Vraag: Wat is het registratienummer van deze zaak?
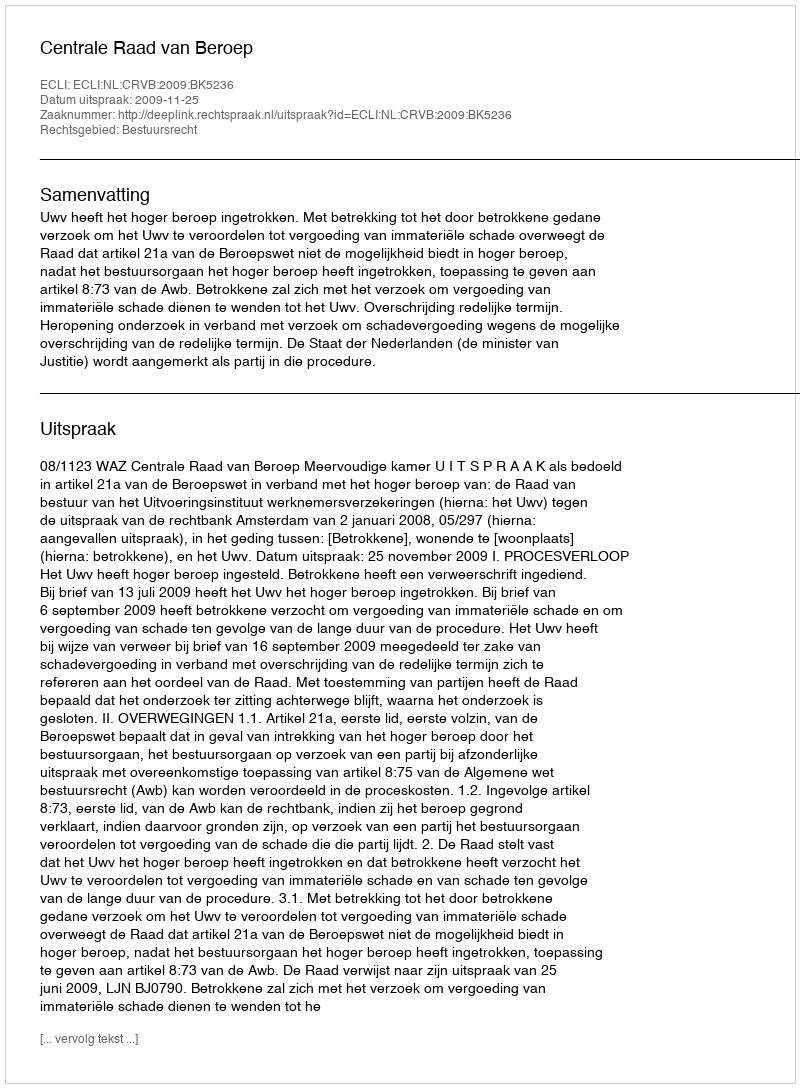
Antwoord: http://deeplink.rechtspraak.nl/uitspraak?id=ECLI:NL:CRVB:2009:BK5236